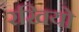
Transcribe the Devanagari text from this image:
रखियो